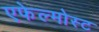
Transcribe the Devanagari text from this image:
एफेल्मोस्ट